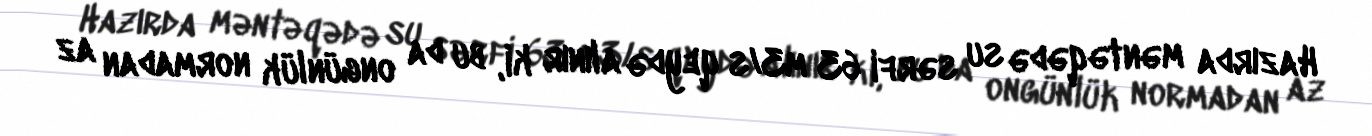
Hazırda məntəqədə su sərfi 63 m3/s qeydə alınır ki, bu da ongünlük normadan az